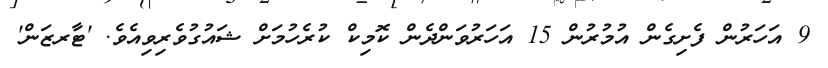
9 އަހަރުން ފެށިގެން އުމުރުން 15 އަހަރުވަންދެން ކޮމިކް ކުރެހުމަށް ޝައުގުވެރިވިއެވެ. 'ޓާރޒަން'